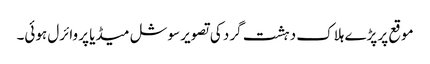
موقع پر پڑے ہلاک دہشت گرد کی تصویر سوشل میڈیا پر وائرل ہوئی۔